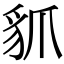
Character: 䝖